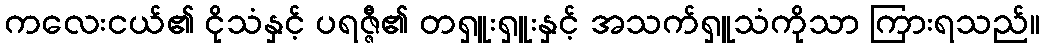
ကလေးငယ်၏ ငိုသံနှင့် ပရဇ္ဇီ၏ တရှူးရှူးနှင့် အသက်ရှူသံကိုသာ ကြားရသည်။